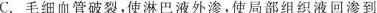
C.毛细血管破裂，使淋巴液外渗，使局部组织液回渗到